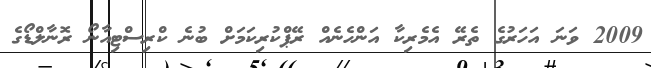
2009 ވަނަ އަހަރުގެ ތެރޭ އެމެރިކާ އަންހެނެއް ރޭޕްކުރިކަމަށް ބުނެ ކްރިސްޓިއާނޯ ރޮނާލްޑޯގެ